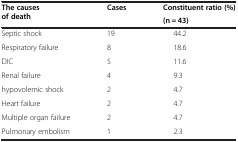
<table><thead><tr><td rowspan="2"><b>The causes of death</b></td><td rowspan="2"><b>Cases</b></td><td><b>Constituent ratio (%)</b></td></tr><tr><td><b>(n = 43)</b></td></tr></thead><tbody><tr><td>Septic shock</td><td>19</td><td>44.2</td></tr><tr><td>Respiratory failure</td><td>8</td><td>18.6</td></tr><tr><td>DIC</td><td>5</td><td>11.6</td></tr><tr><td>Renal failure</td><td>4</td><td>9.3</td></tr><tr><td>hypovolemic shock</td><td>2</td><td>4.7</td></tr><tr><td>Heart failure</td><td>2</td><td>4.7</td></tr><tr><td>Multiple organ failure</td><td>2</td><td>4.7</td></tr><tr><td>Pulmonary embolism</td><td>1</td><td>2.3</td></tr></tbody></table>